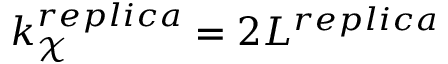
k _ { \mathcal { X } } ^ { r e p l i c a } = 2 L ^ { r e p l i c a }